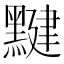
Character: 𪑼